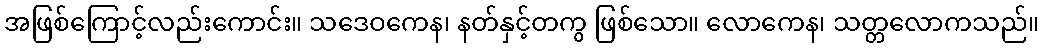
အဖြစ်ကြောင့်လည်းကောင်း။ သဒေဝကေန၊ နတ်နှင့်တကွ ဖြစ်သော။ လောကေန၊ သတ္တလောကသည်။